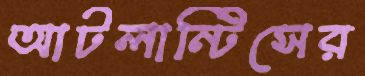
আটলান্টিসের